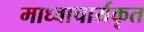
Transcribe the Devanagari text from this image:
माध्वाचार्यकृत